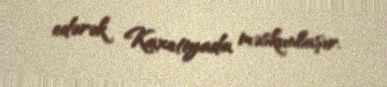
edərək Kaxetiyada məskunlaşır.